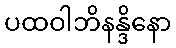
ပထဝါဘိနန္ဒိနော